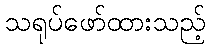
သရုပ်ဖော်ထားသည့်